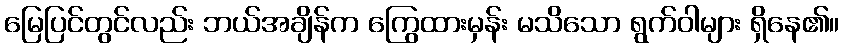
မြေပြင်တွင်လည်း ဘယ်အချိန်က ကြွေထားမှန်း မသိသော ရွက်ဝါများ ရှိနေ၏။